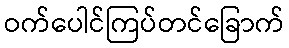
ဝက်ပေါင်ကြပ်တင်ခြောက်